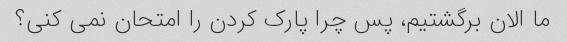
ما الان برگشتیم، پس چرا پارک کردن را امتحان نمی کنی؟